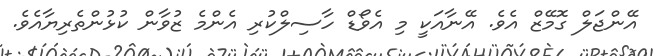
އޭންޖަލް ގޮމޭޒް އެވެ. އޭނާއަކީ މި އެވޯޑް ހާސިލްކުރި އެންމެ ޒުވާން ކުޅުންތެރިޔާއެވެ.